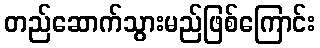
တည်ဆောက်သွားမည်ဖြစ်ကြောင်း